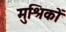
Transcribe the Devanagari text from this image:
मुश्रिकों